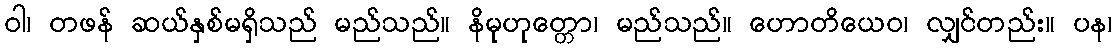
ဝါ၊ တဖန် ဆယ်နှစ်မရှိသည် မည်သည်။ နိမုဟုတ္တော၊ မည်သည်။ ဟောတိယေဝ၊ လျှင်တည်း။ ပန၊